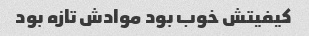
کیفیتش خوب بود موادش تازه بود